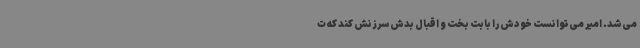
می‌شد. امیر می‌توانست خودش را بابت بخت و اقبال بدش سرزنش کند که ت